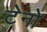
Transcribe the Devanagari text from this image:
टेनो